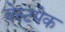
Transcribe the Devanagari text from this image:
वेस्टपेक